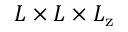
L \times L \times L _ { \mathrm { z } }